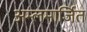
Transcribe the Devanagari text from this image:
अम्लमार्जित